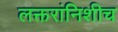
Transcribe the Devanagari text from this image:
लक्तरांनिशीच